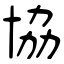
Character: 協